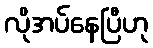
လိုအပ်နေပြီဟု